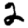
Digit: 2